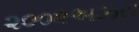
૨૦૦૨અઝરા